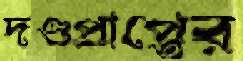
দণ্ডপ্রাপ্তের